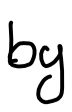
Text: by
Cross-out: clean
Writing tool: digital_black